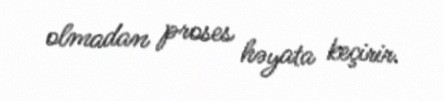
olmadan proses həyata keçirir.